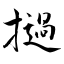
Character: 撾